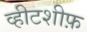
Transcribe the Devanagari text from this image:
व्हीटशीफ़